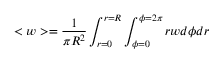
< w > = \frac { 1 } { \pi R ^ { 2 } } \int _ { r = 0 } ^ { r = R } \int _ { \phi = 0 } ^ { \phi = 2 \pi } r w d \phi d r